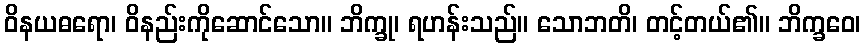
ဝိနယဓရော၊ ဝိနည်းကိုဆောင်သော။ ဘိက္ခု၊ ရဟန်းသည်။ သောဘတိ၊ တင့်တယ်၏။ ဘိက္ခဝေ၊